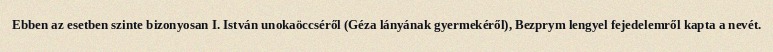
Ebben az esetben szinte bizonyosan I. István unokaöccséről (Géza lányának gyermekéről), Bezprym lengyel fejedelemről kapta a nevét.